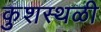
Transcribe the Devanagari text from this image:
कुशस्थळी